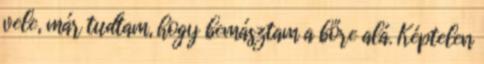
vele, már tudtam, hogy bemásztam a bőre alá. Képtelen